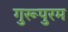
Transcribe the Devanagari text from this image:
गुरूपुरम